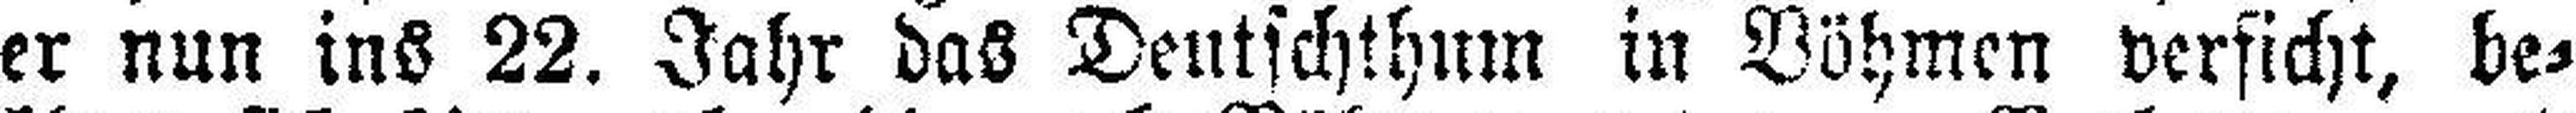
er nun ins 22. Jahr das Deutschthum in Böhmen verficht, be¬